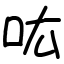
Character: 吰